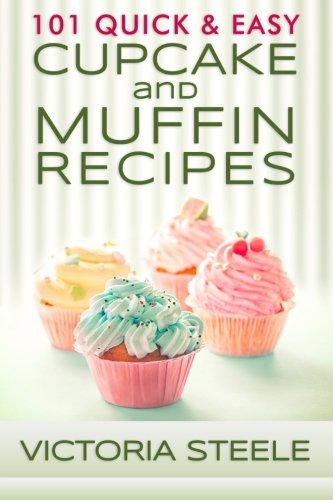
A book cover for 101 Quick & Easy Cupcake and Muffin Recipes; Victoria Steele; Cookbooks, Food & Wine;